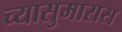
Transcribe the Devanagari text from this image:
च्यासुमारास